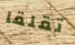
تقلقا